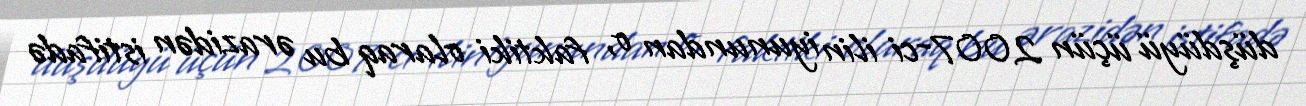
düşdüyü üçün 2007-ci ilin iyunundan o, faktiki olaraq bu ərazidən istifadə